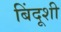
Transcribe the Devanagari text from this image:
बिंदूशी